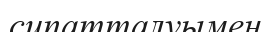
сипатталуымен